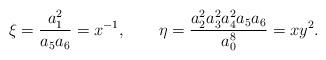
LaTeX: \begin{align*}\xi=\frac{a_1^2}{a_5a_6}=x^{-1},\qquad\eta=\frac{a_2^2a_3^2a_4^2a_5a_6}{a_0^8}=xy^2. \end{align*}